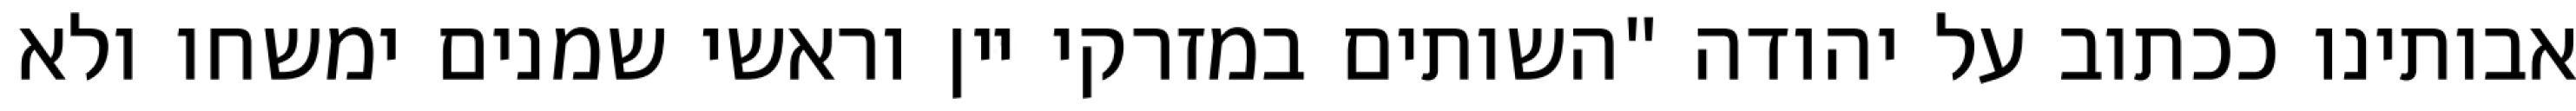
אבותינו ככתוב על יהודה "השותים במזרקי יין וראשי‏ שמנים ימשחו ולא